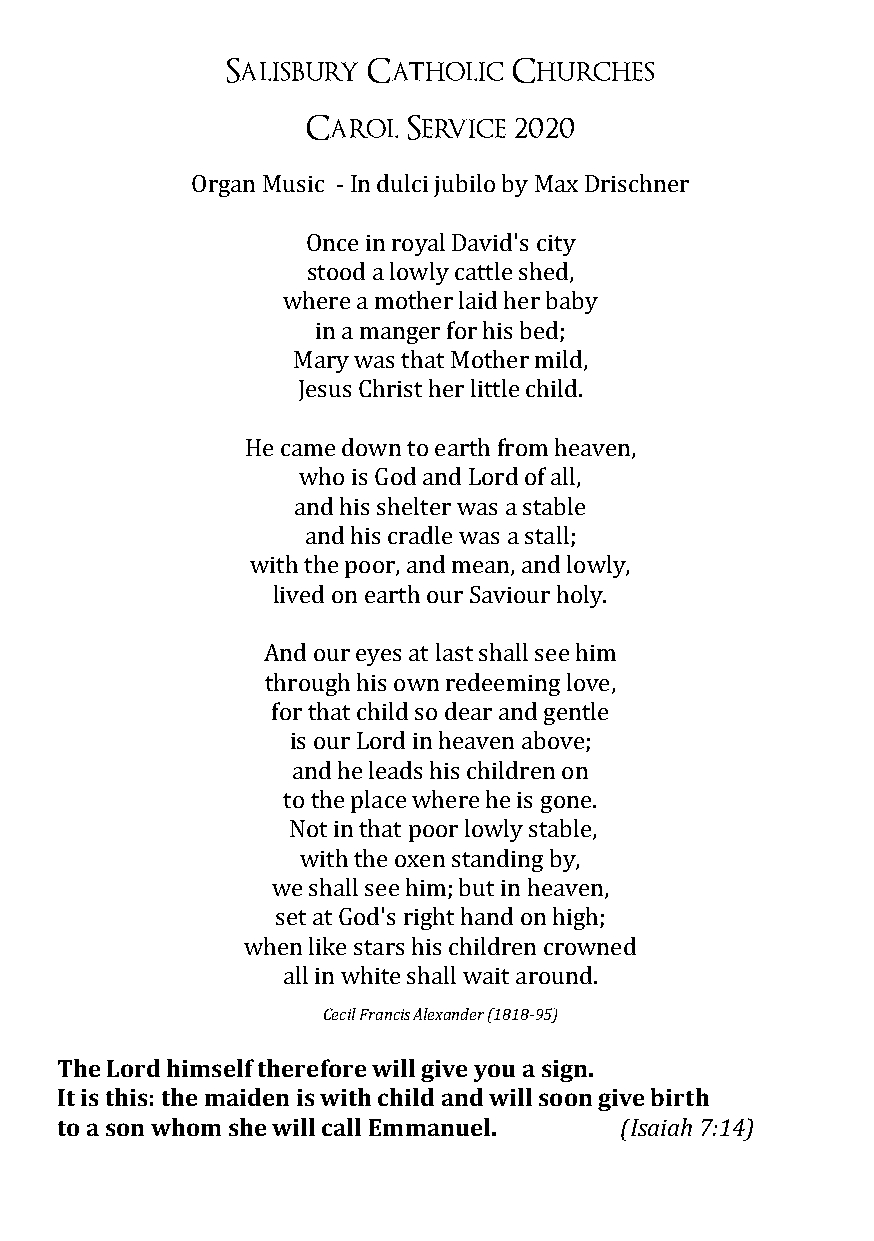
Salisbury Catholic Churches
 Carol  Service 2020
 Organ Music - In dulci jubilo by Max Drischner
 Once in royal David's city
 stood a lowly cattle shed,
 where a mother laid her baby
 in a manger for his bed;
 Mary was that Mother mild,
 Jesus Christ her little child.
 He came down to earth from heaven,
 who is God and Lord of all,
 and his shelter was a stable
 and his cradle was a stall;
 with the poor, and mean, and lowly,
 lived on earth our Saviour holy.
 And our eyes at last shall see him
 through his own redeeming love,
 for that child so dear and gentle
 is our Lord in heaven above;
 and he leads his children on
 to the place where he is gone.
 Not in that poor lowly stable,
 with the oxen standing by,
 we shall see him; but in heaven,
 set at God's right hand on high;
 when like stars his children crowned
 all in white shall wait around.
 Cecil Francis Alexander (1818-95)
 The Lord himself therefore will give you a sign.
 It is this: the maiden is with child and will soon give birth
 to a son whom she will call Emmanuel. (Isaiah 7:14)